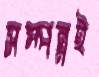
সম্পন্নই